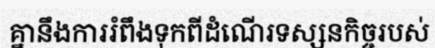
គ្នានឹងការរំពឹងទុកពីដំណើរទស្សនកិច្ចរបស់